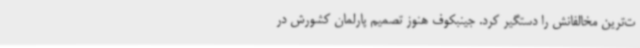
ت‌ترین مخالفانش را دستگیر کرد. جینبکوف هنوز تصمیم پارلمان کشورش در